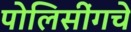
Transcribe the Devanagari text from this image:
पोलिसींगचे